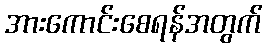
အားကောင်းစေရန်အတွက်